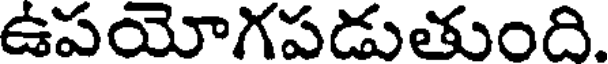
ఉపయోగపడుతుంది.